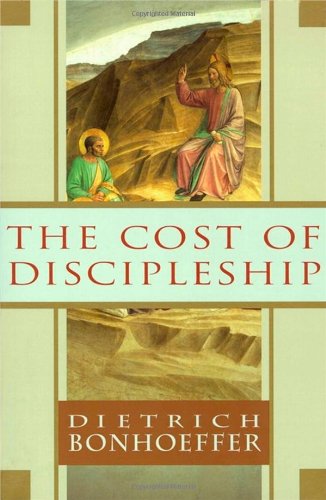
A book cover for The Cost of Discipleship; Dietrich Bonhoeffer; Politics & Social Sciences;